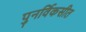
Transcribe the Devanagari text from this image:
पुनर्विकसीत